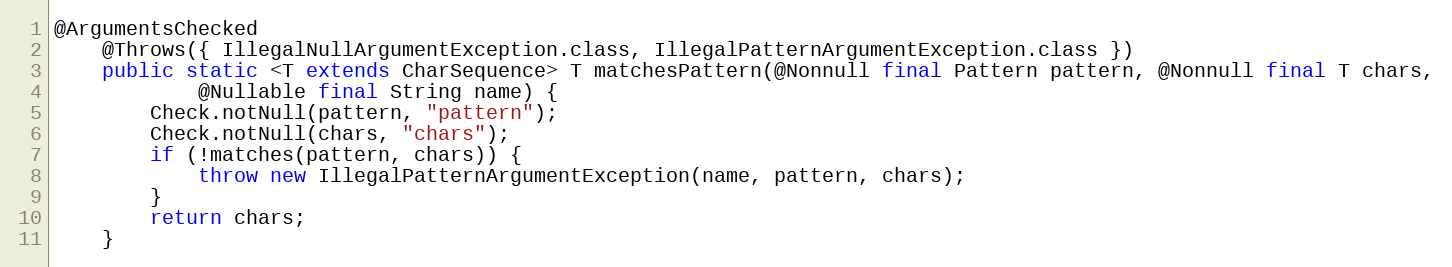
Language: Java
@ArgumentsChecked
	@Throws({ IllegalNullArgumentException.class, IllegalPatternArgumentException.class })
	public static <T extends CharSequence> T matchesPattern(@Nonnull final Pattern pattern, @Nonnull final T chars,
			@Nullable final String name) {
		Check.notNull(pattern, "pattern");
		Check.notNull(chars, "chars");
		if (!matches(pattern, chars)) {
			throw new IllegalPatternArgumentException(name, pattern, chars);
		}
		return chars;
	}